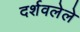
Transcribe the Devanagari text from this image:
दर्शवलेले